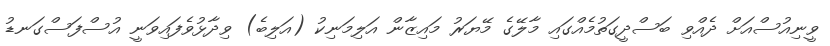
ވީނިއުސްއަށް ދެއްވި ބަސްދީގަތުމެއްގައި މާލޭގެ މޭޔަރު މައިޒާން އަލިމަނިކު (އަލިބެ) ވިދާޅުވެފައިވަނީ އުސްފަސްގަނޑު